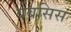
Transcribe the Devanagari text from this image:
वेबसिस